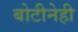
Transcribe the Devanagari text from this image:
बोटीनेही